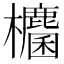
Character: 𭭀